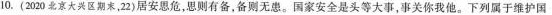
10.(2020北京大兴区期末，22)居安思危，思则有备，备则无患。国家安全是头等大事，事关你我他。下列于维护国